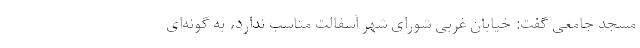
مسجد جامعی گفت: خیابان غربی شورای شهر آسفالت مناسب ندارد، به گونه‌ای